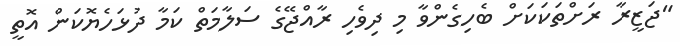
"ޖަޒީރާ ރަށްތަކަކަށް ބެހިގެންވާ މި ދިވެހި ރާއްޖޭގެ ސަލާމަތް ކަމާ ދުޅަހެޔޮކަން އޮތީ